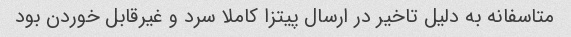
متاسفانه به دلیل تاخیر در ارسال پیتزا کاملا سرد و غیرقابل خوردن بود